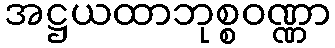
အဋ္ဌယထာဘုစ္စဝဏ္ဏာ